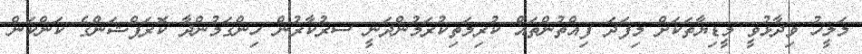
މަަލީހު ވިދާޅުވީ މީޑިޔާތަކަށް މިފަދަ ފިއްތުންތައް ކުރިމަތިކުރަމުންދަނީ ސރުކާރުން ހިންގަމުންދާ ކޮރަޕްޝަންގެ ކަންކަން